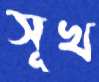
সূখ